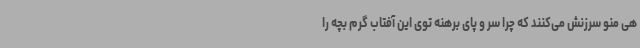
هی منو سرزنش می‌کنند که چرا سر و پای برهنه توی این آفتاب گرم بچه را